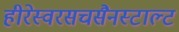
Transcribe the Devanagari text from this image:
हीरेस्वरसचसैनस्टाल्ट